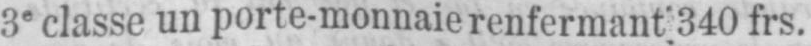
3e classe un porte-monnaie renfermant 340 frs.